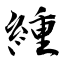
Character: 緟